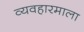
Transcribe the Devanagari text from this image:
व्यवहारमाला